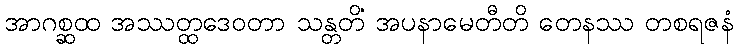
အာဂစ္ဆထ အဿတ္ထဒေဝတာ သန္တတိံ အပနာမေတီတိ တေနဿ တစရဇနံ